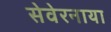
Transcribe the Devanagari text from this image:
सेवेरनाया